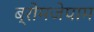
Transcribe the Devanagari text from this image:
ब्रोमजेपाम